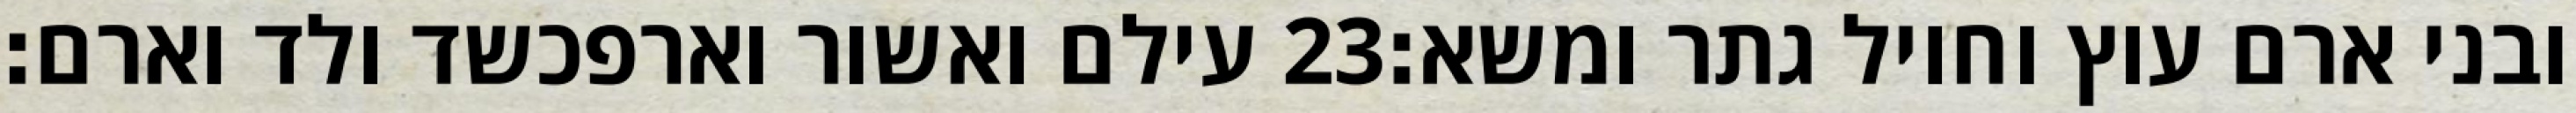
עילם ואשור וארפכשד ולד וארם׃ ‎23‏ ובני ארם עוץ וחויל גתר ומשא׃